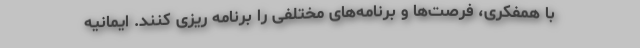
با همفکری، فرصت‌ها و برنامه‌های مختلفی را برنامه ریزی کنند. ایمانیه